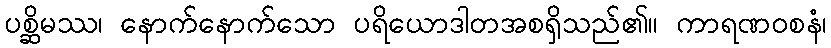
ပစ္ဆိမဿ၊ နောက်နောက်သော ပရိယောဒါတအစရှိသည်၏။ ကာရဏဝစနံ၊